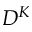
D ^ { K }